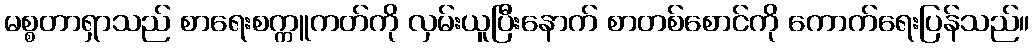
မစ္စတာရှာသည် စာရေးစက္ကူကတ်ကို လှမ်းယူပြီးနောက် စာတစ်စောင်ကို ကောက်ရေးပြန်သည်။